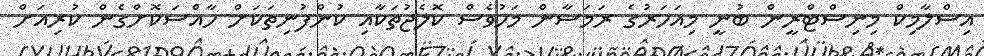
އިސްލާމިކް މިނިސްޓްރީން ބުނީ މިއަހަރުގެ ރަމަޟާން މަހުވެސް ކޮލެޖުތަކާއި ކުންފުނިތަކަށް ހާއްސަކޮށްގެން ކުރިއަށް